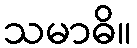
သမာဓိ။